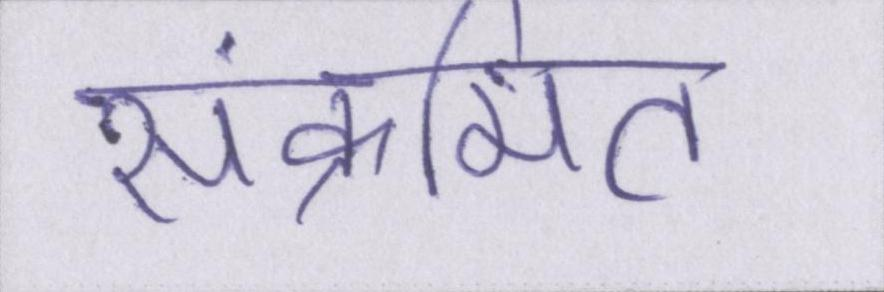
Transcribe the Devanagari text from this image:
संक्रमित